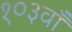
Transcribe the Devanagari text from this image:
१०३वाँ